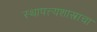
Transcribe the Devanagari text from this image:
स्थापत्त्यशास्त्राचा